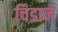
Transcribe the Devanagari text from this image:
चिडाने